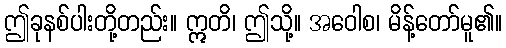
ဤခုနစ်ပါးတို့တည်း။ ဣတိ၊ ဤသို့။ အဝေါစ၊ မိန့်တော်မူ၏။